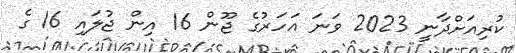
ކުރިއަށްދާނީ 2023 ވަނަ އަހަރުގެ ޖޫން 16 އިން ޖުލައި 16 ގެ